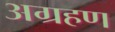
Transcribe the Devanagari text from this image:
अग्रहण